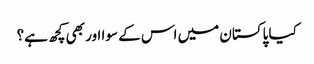
کیا پاکستان میں اس کے سوا اور بھی کچھ ہے؟